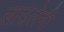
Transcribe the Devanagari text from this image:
लाउलेनी